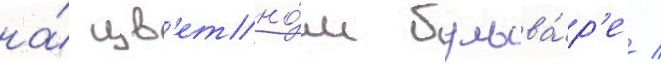
на́ цв'етно́м бульва́р'е /